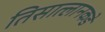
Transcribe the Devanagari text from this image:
तिसात्लानकडे